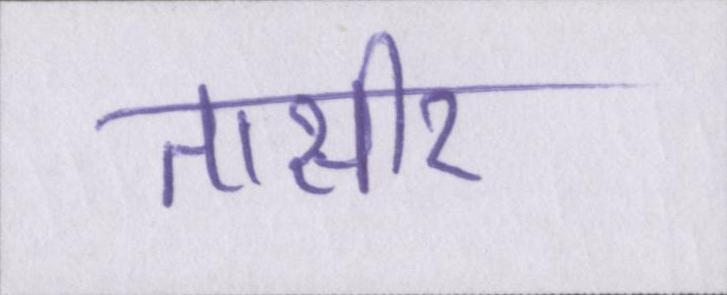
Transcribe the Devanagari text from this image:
तासीर